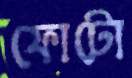
ফোটো